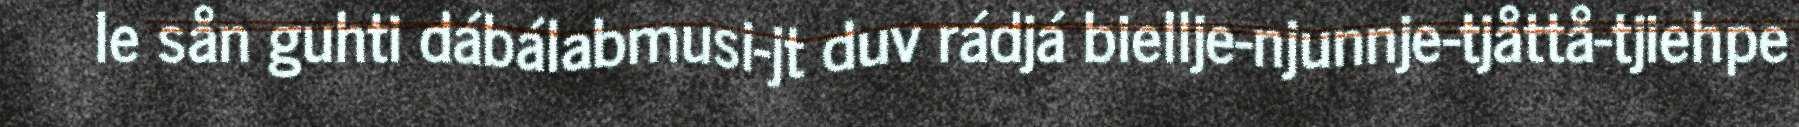
le sån guhti dábálabmusi-jt duv rádjá biellje-njunnje-tjåttå-tjiehpe